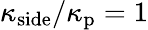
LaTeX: \kappa_{\mathrm{side}}/\kappa_{\mathrm{p}}=1